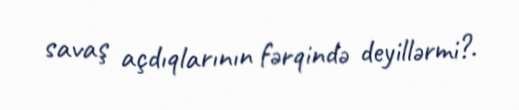
savaş açdıqlarının fərqində deyillərmi?.